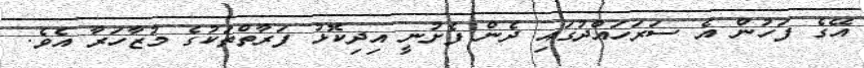
އޭގެ ފަހުން އެ ސަރަހައްދުގައި ދެން ފެށުނީ އިދިކޮޅު ފަރާތްތަކުގެ މުޒާހަރާ އެވެ.